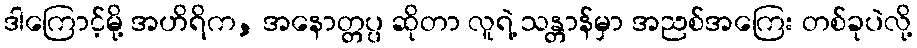
ဒါကြောင့်မို့ အဟိရိက, အနောတ္တပ္ပ ဆိုတာ လူရဲ့ သန္တာန်မှာ အညစ်အကြေး တစ်ခုပဲလို့